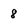
Character: 8